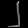
Digit: ၂